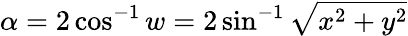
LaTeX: \alpha=2\cos^{-1}w=2\sin^{-1}{\sqrt{x^{2}+y^{2}}}